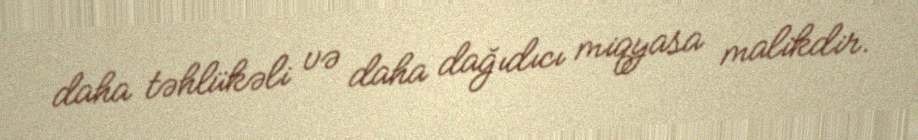
daha təhlükəli və daha dağıdıcı miqyasa malikdir.